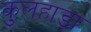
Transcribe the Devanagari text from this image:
कुलहाड़ा